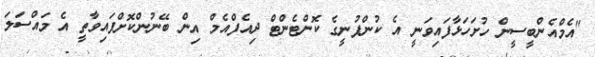
"އެމްއެންބީސީން ހުށަހަޅާފައިވަނީ އެ ކުންފުނީގެ ކޮންޓެންޓް ދިއެފްއެމް އިން ބޭނުންކޮށްފައިވާތީ އެ މައްސަލަ